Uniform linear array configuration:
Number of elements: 12
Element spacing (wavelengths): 0.75
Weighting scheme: uniform
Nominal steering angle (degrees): -45
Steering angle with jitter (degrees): -45.843
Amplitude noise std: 0.05
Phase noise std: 0.05

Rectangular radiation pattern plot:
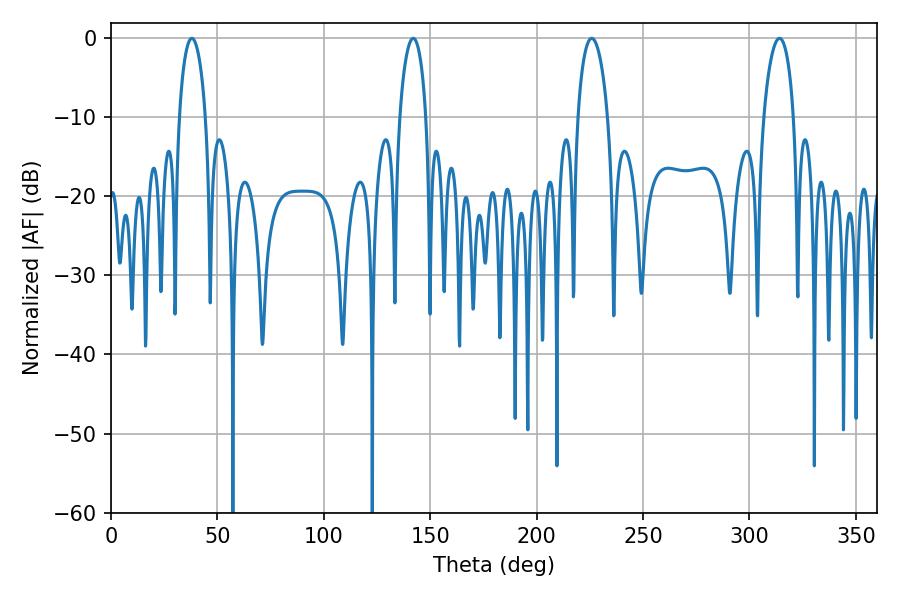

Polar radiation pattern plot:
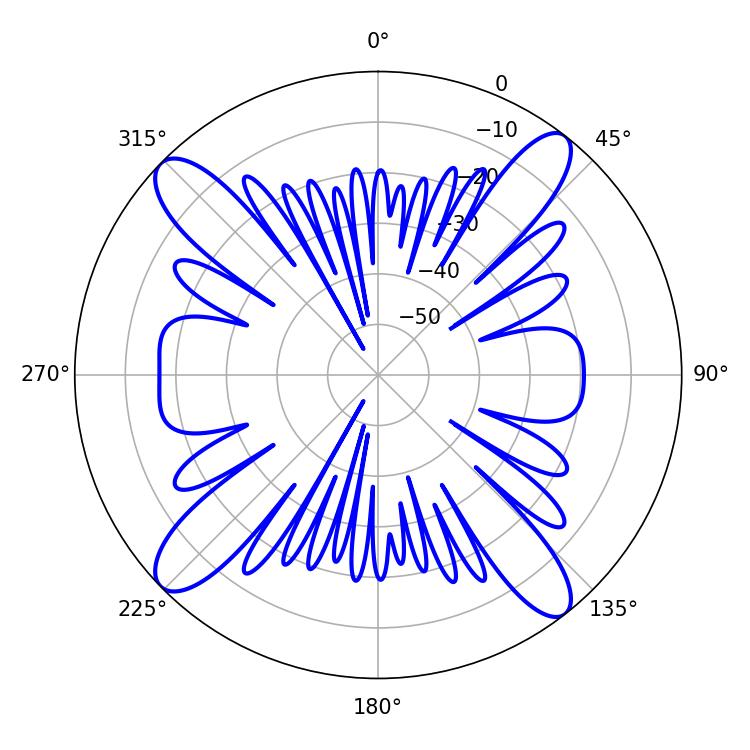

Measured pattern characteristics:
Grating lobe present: TRUE
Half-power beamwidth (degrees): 7.02
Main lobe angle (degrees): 142.02